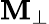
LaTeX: \mathbf{M}_{\perp}